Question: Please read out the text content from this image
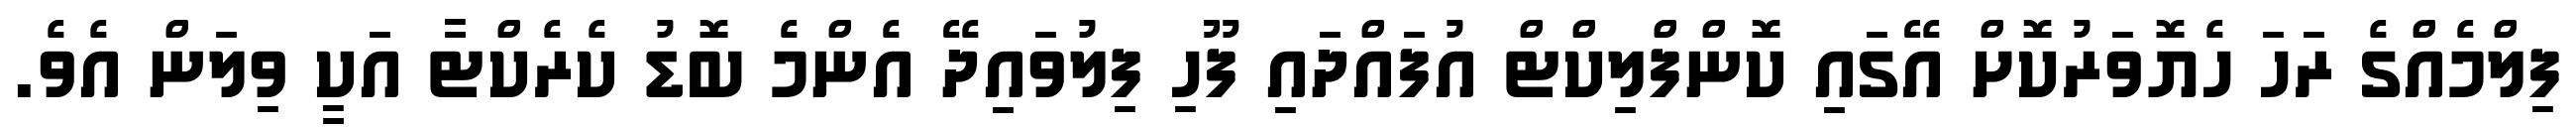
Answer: ފިލްމެއްގެ ރަހަ ހެޔޮވަރުކޮށް އޭގައި ކޮންފްލިކްޓް އުފައްދައި ފޫހި ފިލުވައިދޭ އެންމެ ބޮޑު ކެރެކްޓާ އަކީ ވިލަން އެވެ.